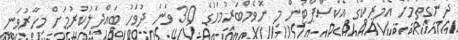
ދެނެގަތުމަށް އެމެރިކާގެ އެކްސްޕާޓުން މި ނޮވެމްބަރުމަހުގެ 30 ވަނަ ދުވަހު ބައްދަލުކުރުމަށް މިހާރުވަނީ